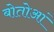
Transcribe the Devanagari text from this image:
बोतोआं